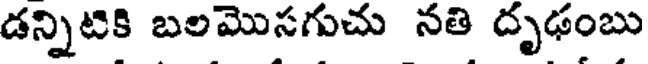
డన్నిటికి బలమొసగుచు నతి దృఢంబు